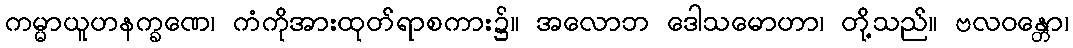
ကမ္မာယူဟနက္ခဏေ၊ ကံကိုအားထုတ်ရာစကား၌။ အလောဘ ဒေါသမောဟာ၊ တို့သည်။ ဗလဝန္တော၊